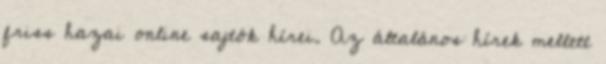
friss hazai online sajtók hírei. Az általános hírek mellett